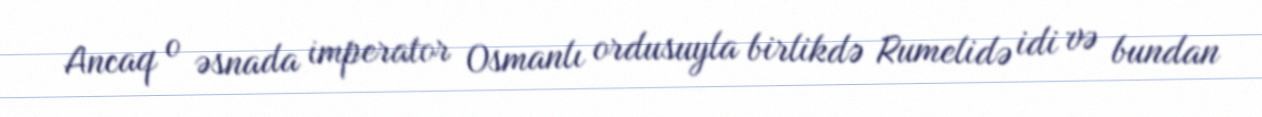
Ancaq o əsnada imperator Osmanlı ordusuyla birlikdə Rumelidə idi və bundan